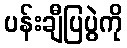
ပန်းချီပြပွဲကို